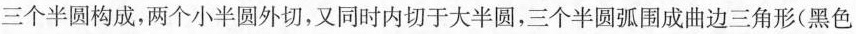
三个半圆构成，两个小半圆外切，又同时内切于大半圆，三个半圆弧围成曲边三角形(黑色